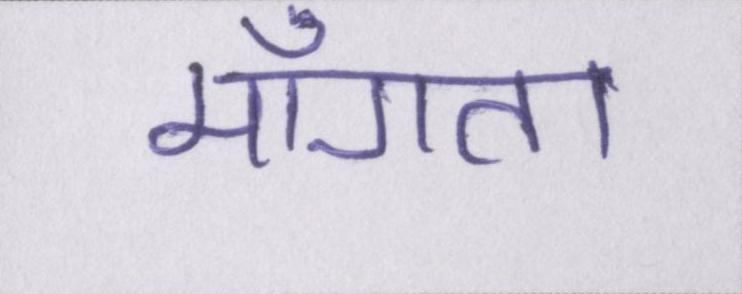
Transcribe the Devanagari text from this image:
माँगता